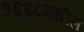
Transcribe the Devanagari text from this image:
१६६८मधील